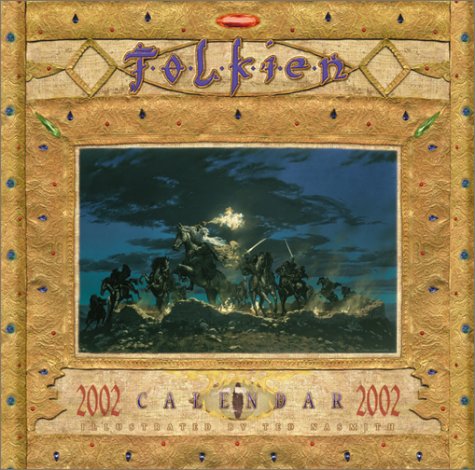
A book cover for Tolkien 2002 Calendar With Poster; Calendars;